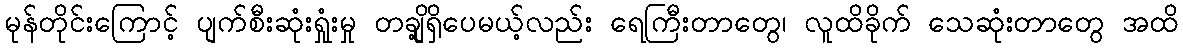
မုန်တိုင်းကြောင့် ပျက်စီးဆုံးရှုံးမှု တချို့ရှိပေမယ့်လည်း ရေကြီးတာတွေ၊ လူထိခိုက် သေဆုံးတာတွေ အထိ